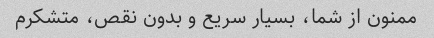
ممنون از شما، بسیار سریع و بدون نقص، متشکرم